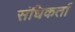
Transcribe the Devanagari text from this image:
संधिकर्ता